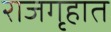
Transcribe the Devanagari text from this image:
राजगृहात